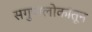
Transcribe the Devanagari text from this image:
सगुणलोकांतून